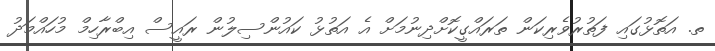
ތ. އަތޮޅުގައި ފަތުރުވެރިކަން ތަރައްގީކޮށްދިނުމަށް އެ އަތުޅު ކައުންސިލުން ރައީސް އިބްރާހިމް މުހައްމަދު